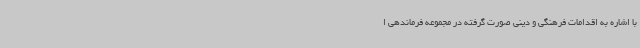
با اشاره به اقدامات فرهنگی و دینی صورت گرفته در مجموعه فرماندهی ا